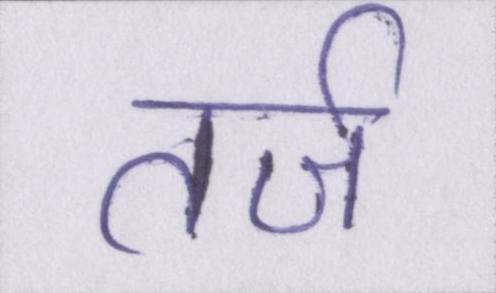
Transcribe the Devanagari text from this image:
तर्ज